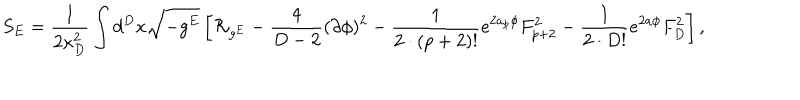
LaTeX: S _ { E } = { \frac { 1 } { 2 \kappa _ { D } ^ { 2 } } } \int d ^ { D } x \sqrt { - g ^ { E } } \left[ { \cal R } _ { g ^ { E } } - { \frac { 4 } { D - 2 } } ( \partial \phi ) ^ { 2 } - { \frac { 1 } { 2 \cdot ( p + 2 ) ! } } e ^ { 2 a _ { p } \phi } F _ { p + 2 } ^ { 2 } - { \frac { 1 } { 2 \cdot D ! } } e ^ { 2 a \phi } F _ { D } ^ { 2 } \right] ,